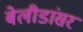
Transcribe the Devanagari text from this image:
बेलीडांसर